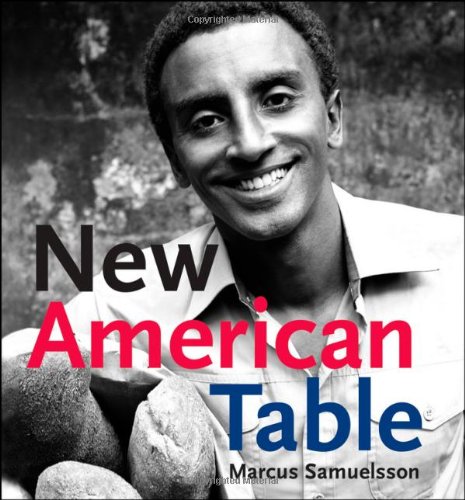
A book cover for New American Table; Marcus Samuelsson; Cookbooks, Food & Wine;